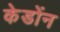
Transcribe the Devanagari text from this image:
केडोंन